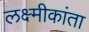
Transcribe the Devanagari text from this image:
लक्ष्मीकांता